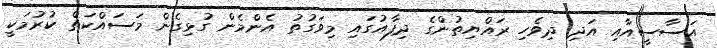
އަސާސީއާއި އަދި ދިވެހި ރައްޔިތުންގެ ދިފާއުގައި މިވަގުތު އެންމެން ގުޅިގެން މަސައްކަތް ކުރުމަކީ